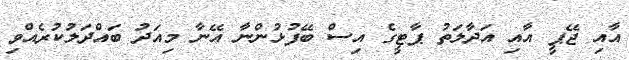
އާއި ޖޭޕީ އާއި އަދާލަތު ޕާޓީގެ އިސް ބޭފުޅުންނާ އޭނާ މިއަދު ބައްދަލުކުރެއްވި